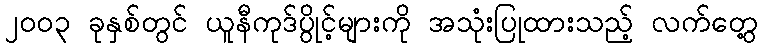
၂၀၀၃ ခုနှစ်တွင် ယူနီကုဒ်ပွိုင့်များကို အသုံးပြုထားသည့် လက်တွေ့